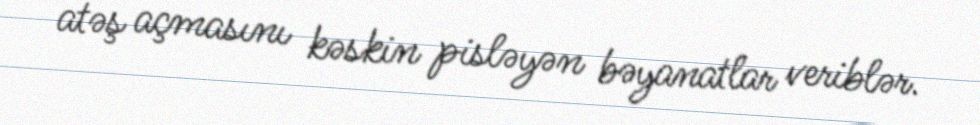
atəş açmasını kəskin pisləyən bəyanatlar veriblər.